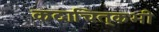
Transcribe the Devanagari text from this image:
कदाचित्‌कभी